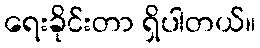
ရေးခိုင်းတာ ရှိပါတယ်။